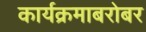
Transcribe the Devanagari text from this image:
कार्यक्रमाबरोबर